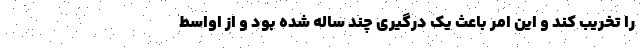
را تخریب کند و این امر باعث یک درگیری چند ساله شده بود و از اواسط